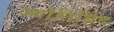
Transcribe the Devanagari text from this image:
ज्योतिबिंद